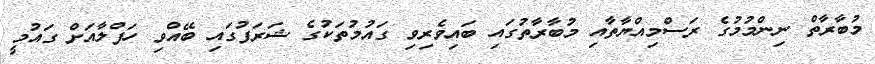
މުބާރާތް ނިންމުމުގެ ރަސްމިއްޔާތާއި މުބާރާތުގައި ބައިވެރިވި ގައުމުތަކުގެ ޝަރަފުގައި ބޭއްވި ހަފްލާއަށް ގައުމީ